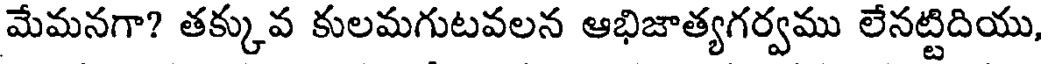
మేమనగా? తక్కువ కులమగుటవలన ఆభిజాత్యగర్వము లేనట్టిదియు,